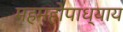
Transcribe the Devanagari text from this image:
महमहोपाध्याय